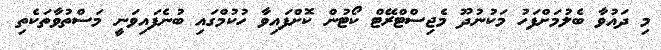
މި ދައުވާ ބެލުމަށްފަހު މަކުނުދޫ މެޖިސްޓްރޭޓް ކޯޓުން ކޮށްފައިވާ ހުކުމްގައި ބުނެފައިވަނީ މަސްތުވާތަކެތި